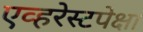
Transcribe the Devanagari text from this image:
एव्हरेस्टपेक्षा